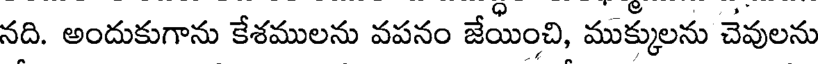
నది. అందుకుగాను కేశములను వపనం జేయించి, ముక్కులను చేవులను